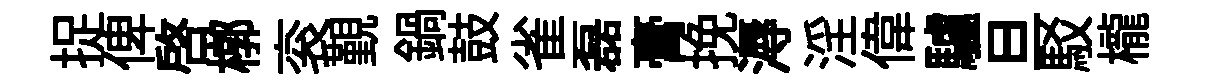
捉俾啓槨衮覲鍋鼓雀磊膏挽溽淫偉驢旦駁櫳